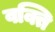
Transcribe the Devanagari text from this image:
वक्ति